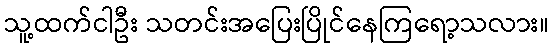
သူ့ထက်ငါဦး သတင်းအပြေးပြိုင်နေကြရော့သလား။